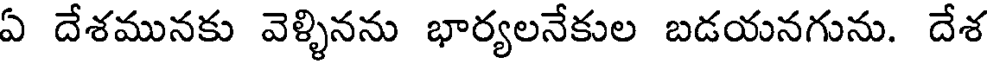
ఏ దేశమునకు వెళ్ళినను భార్యలనేకుల బడయనగును. దేశ